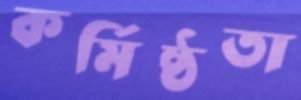
কর্মিষ্ঠতা